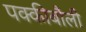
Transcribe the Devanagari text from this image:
पक्कीबौली